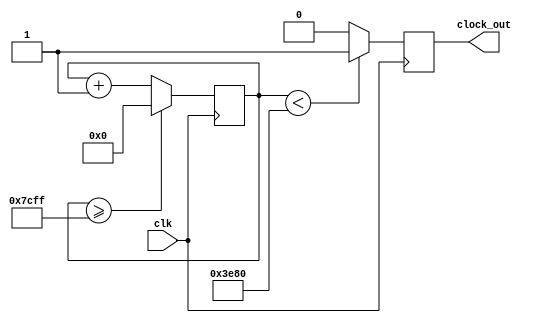
module clk_divider(clk,clock_out
    );
input clk; // input clock on FPGA
output reg clock_out; // output clock after dividing the input clock by divisor
reg[27:0] counter=28'd0;
parameter DIVISOR = 28'd32000;

// The frequency of the output clk_out
//  = The frequency of the input clk_in divided by DIVISOR
// For example: Fclk_in = 50Mhz, if you want to get 1Hz signal to blink LEDs
// You will modify the DIVISOR parameter value to 28'd50.000.000
// Then the frequency of the output clk_out = 32khz/32.000 = 1Hz

always @(posedge clk)
begin
 counter <= counter + 28'd1;
 if(counter>=(DIVISOR-1))
  counter <= 28'd0;

 clock_out <= (counter<DIVISOR/2)?1'b1:1'b0;

end
endmodule